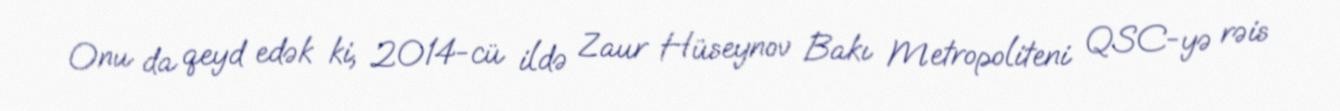
Onu da qeyd edək ki, 2014-cü ildə Zaur Hüseynov Bakı Metropoliteni QSC-yə rəis